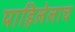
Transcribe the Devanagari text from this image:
पाहिलेलाच